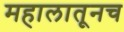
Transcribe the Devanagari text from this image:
महालातूनच